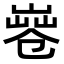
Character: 𠨤